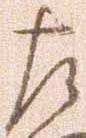
左